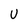
Character: U